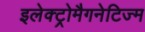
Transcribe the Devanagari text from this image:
इलेक्ट्रोमैगनेटिज्म